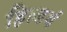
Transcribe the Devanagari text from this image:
हिल्डर्थ